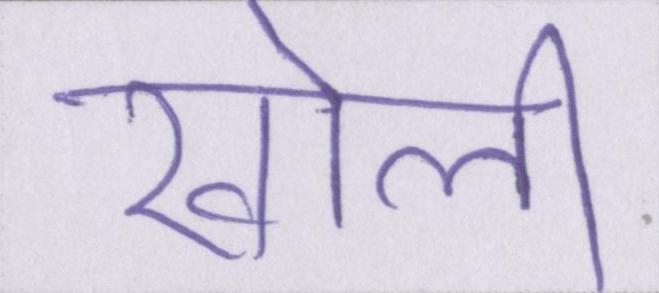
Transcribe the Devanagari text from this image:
खोली